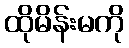
ထိုမိန်းမကို